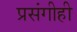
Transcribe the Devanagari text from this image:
प्रसंगीही